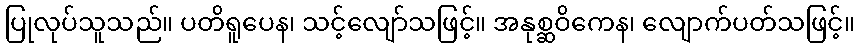
ပြုလုပ်သူသည်။ ပတိရူပေန၊ သင့်လျော်သဖြင့်။ အနုစ္ဆဝိကေန၊ လျောက်ပတ်သဖြင့်။